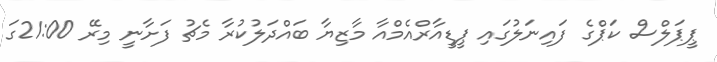
ޕީޕަލްސް ކަޕްގެ ފައިނަލުގައި ޕީޑީއާރްއެމްއާ މާޒިޔާ ބައްދަލުކުރާ މެޗު ފަށާނީ މިރޭ 21:00ގަ